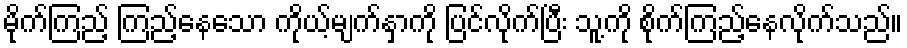
မိုက်ကြည့် ကြည့်နေသော ကိုယ့်မျက်နှာကို ပြင်လိုက်ပြီး သူ့ကို စိုက်ကြည့်နေလိုက်သည်။